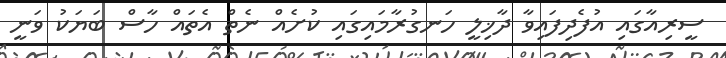
ސީރިއާގައި އުފެދިފައިވާ ދާޚިލީ ހަނގުރާމައިގައި ކުށެއް ނެތް އެތައް ހާސް ބަޔަކު ވަނީ